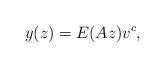
LaTeX: \begin{align*}y(z)=E(Az)v^c,\end{align*}